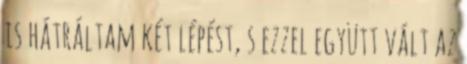
is hátráltam két lépést, s ezzel együtt vált az